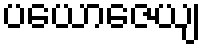
ပယောဇေယျ